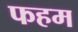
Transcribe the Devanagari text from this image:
फहम